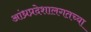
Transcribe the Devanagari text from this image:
आंध्रप्रदेशालगतच्या